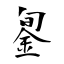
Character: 銞